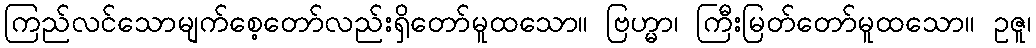
ကြည်လင်သောမျက်စေ့တော်လည်းရှိတော်မူထသော။ ဗြဟ္မာ၊ ကြီးမြတ်တော်မူထသော။ ဥဇူ၊